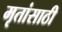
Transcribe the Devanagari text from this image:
मृतांसाठी